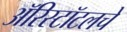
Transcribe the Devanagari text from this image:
ॲरिस्टॉटलचे